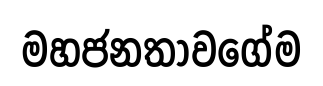
මහජනතාවගේම